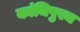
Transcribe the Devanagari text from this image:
कांचिपुरम